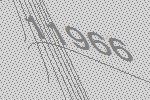
11966